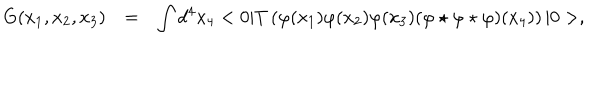
\begin{array} { r c l } { { G ( x _ { 1 } , x _ { 2 } , x _ { 3 } ) } } & { { = } } & { { \displaystyle \int d ^ { 4 } x _ { 4 } < 0 | T \left( \varphi ( x _ { 1 } ) \varphi ( x _ { 2 } ) \varphi ( x _ { 3 } ) ( \varphi \star \varphi \star \varphi ) ( x _ { 4 } ) \right) | 0 > , } } \\ \end{array}